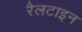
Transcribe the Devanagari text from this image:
रैलटाइन